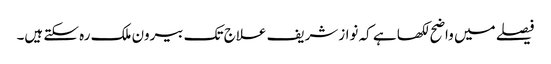
فیصلے میں واضح لکھا ہے کہ نوازشریف علاج تک بیرون ملک رہ سکتے ہیں۔